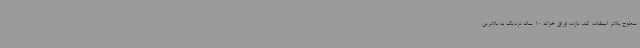
سطوح بالاتر استفاده کند. بازده اوراق خزانه 10 ساله نزدیک به بالاترین